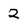
Character: 2